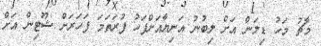
މާޗު މަހު ޑިލަން އަށް ލިބުނު އަނިޔާއަށްފަހު ފުރަތަމަ ފަހަރަށް ޝޫޓިން އަށް